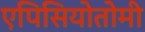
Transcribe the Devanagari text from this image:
एपिसियोतोमी